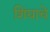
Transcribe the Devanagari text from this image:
शिंद्याचे